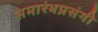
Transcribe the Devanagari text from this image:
समारंभप्रसंगी